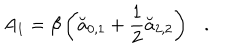
A _ { 1 } = \beta \left( \breve { a } _ { 0 , 1 } + \frac 1 2 \breve { a } _ { 2 , 2 } \right) .